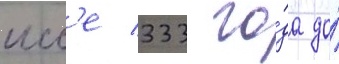
исс'е 333 го́да до́